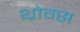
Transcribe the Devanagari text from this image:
थ्रोग्स